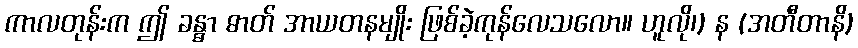
ကာလတုန်းက ဤ ခန္ဓာ ဓာတ် အာယတနမျိုး ဖြစ်ခဲ့ကုန်လေသလော။ ဟူလို၊) န (အတီတာနိ)